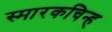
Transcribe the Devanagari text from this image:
स्मारकचिन्ह